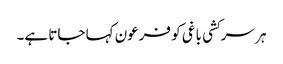
ہر سرکشی باغی کو فرعون کہا جاتا ہے۔